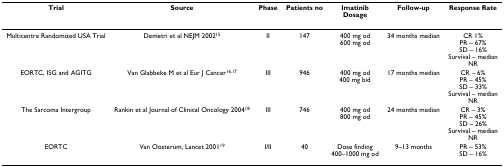
<table><thead><tr><td><b>Trial</b></td><td><b>Source</b></td><td><b>Phase</b></td><td><b>Patients no</b></td><td><b>Imatinib Dosage</b></td><td><b>Follow-up</b></td><td><b>Response Rate</b></td></tr></thead><tbody><tr><td>Multicentre Randomized USA Trial</td><td>Demetri et al NEJM 2002<sup>15</sup></td><td>II</td><td>147</td><td>400 mg od600 mg od</td><td>34 months median</td><td>CR 1%PR – 67%SD – 16%Survival – medianNR</td></tr><tr><td>EORTC, ISG and AGITG</td><td>Van Glabbeke M et al Eur J Cancer<sup>16,17</sup></td><td>III</td><td>946</td><td>400 mg od400 mg bid</td><td>17 months median</td><td>CR – 6%PR – 45%SD – 33%Survival – medianNR</td></tr><tr><td>The Sarcoma Intergroup</td><td>Rankin et al Journal of Clinical Oncology 2004<sup>18</sup></td><td>III</td><td>746</td><td>400 mg od800 mg od</td><td>24 months median</td><td>CR – 3%PR – 45%SD – 26%Survival – medianNR</td></tr><tr><td>EORTC</td><td>Van Oosterum, Lancet 2001<sup>19</sup></td><td>I/II</td><td>40</td><td>Dose finding 400–1000 mg od</td><td>9–13 months</td><td>PR – 53%SD – 16%</td></tr></tbody></table>